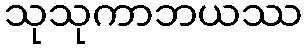
သုသုကာဘယဿ